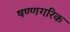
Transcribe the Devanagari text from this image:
षण्णगरिक